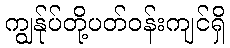
ကျွန်ုပ်တို့ပတ်ဝန်းကျင်ရှိ